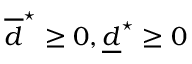
\overline { d } ^ { \star } \geq 0 , \underline { d } ^ { \star } \geq 0